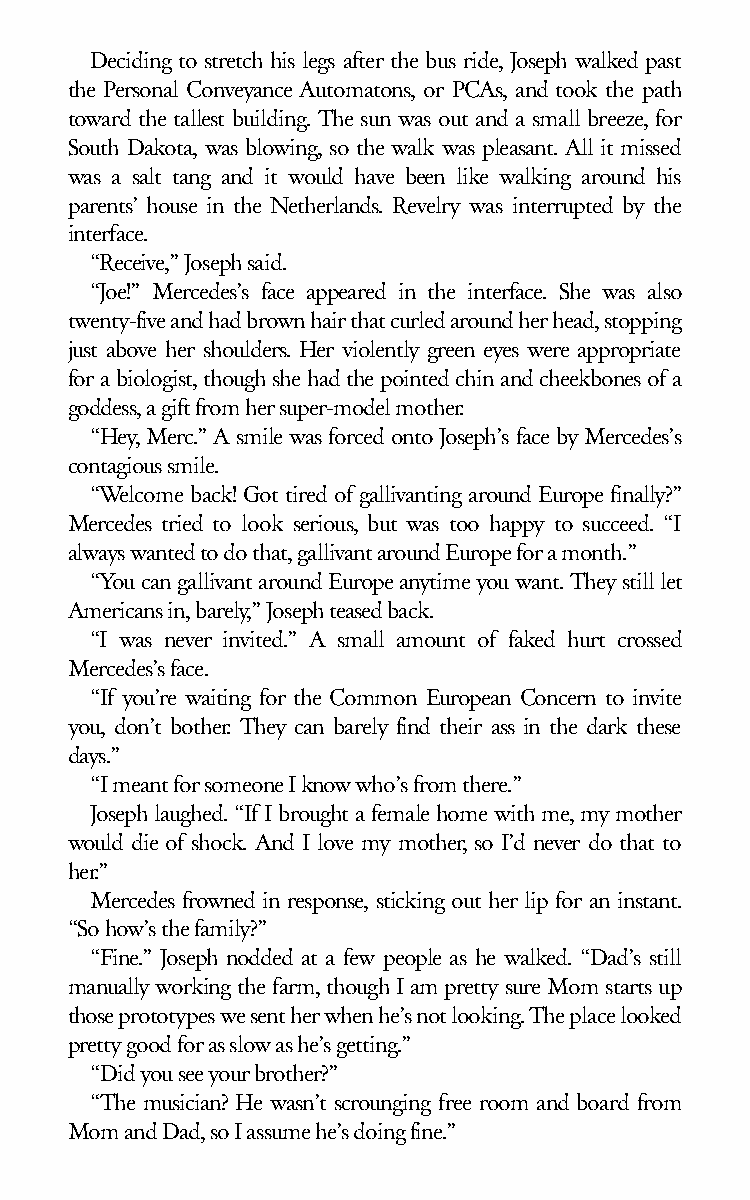
Deciding to stretch his legs after the bus ride, Joseph walked past
 the Personal Conveyance Automatons, or PCAs, and took the path
 toward the tallest building. The sun was out and a small breeze, for
 South Dakota, was blowing, so the walk was pleasant. All it missed
 was a salt tang and it would have been like walking around his
 parents’ house in the Netherlands. Revelry was interrupted by the
 interface.
 “Receive,” Joseph said.
 “Joe!” Mercedes’s face appeared in the interface. She was also
 twenty-five and had brown hair that curled around her head, stopping
 just above her shoulders. Her violently green eyes were appropriate
 for a biologist, though she had the pointed chin and cheekbones of a
 goddess, a gift from her super-model mother.
 “Hey, Merc.” A smile was forced onto Joseph’s face by Mercedes’s
 contagious smile.
 “Welcome back! Got tired of gallivanting around Europe finally?”
 Mercedes tried to look serious, but was too happy to succeed. “I
 always wanted to do that, gallivant around Europe for a month.”
 “You can gallivant around Europe anytime you want. They still let
 Americans in, barely,” Joseph teased back.
 “I was never invited.” A small amount of faked hurt crossed
 Mercedes’s face.
 “If you’re waiting for the Common European Concern to invite
 you, don’t bother. They can barely find their ass in the dark these
 days.”
 “I meant for someone I know who’s from there.”
 Joseph laughed. “If I brought a female home with me, my mother
 would die of shock. And I love my mother, so I’d never do that to
 her.”
 Mercedes frowned in response, sticking out her lip for an instant.
 “So how’s the family?”
 “Fine.” Joseph nodded at a few people as he walked. “Dad’s still
 manually working the farm, though I am pretty sure Mom starts up
 those prototypes we sent her when he’s not looking. The place looked
 pretty good for as slow as he’s getting.”
 “Did you see your brother?”
 “The musician? He wasn’t scrounging free room and board from
 Mom and Dad, so I assume he’s doing fine.”